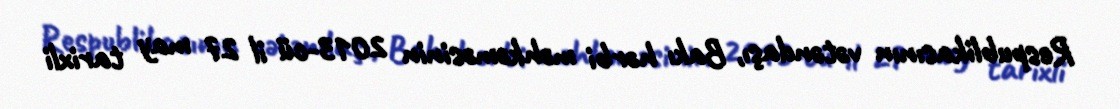
Respublikasının vətəndaşı, Bakı hərbi məhkəməsinin 2013-cü il 27 may tarixli